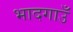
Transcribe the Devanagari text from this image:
भादगाउँ